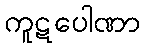
ကူဋပေါဏာ